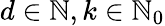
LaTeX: d\in\mathbb{N},k\in\mathbb{N}_{0}